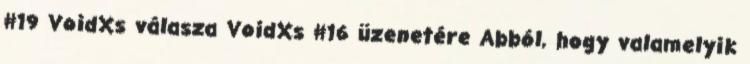
#19 VoidXs válasza VoidXs #16 üzenetére Abból, hogy valamelyik